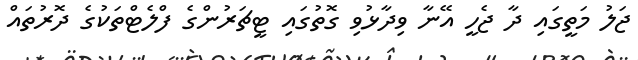
ޖަލު މަތީގައި ދާ ޖެހީ އޭނާ ވިދާޅުވި ގޮތުގައި ޓީޗަރުންގެ ފްލެޓްތަކުގެ ދޮރުތައް